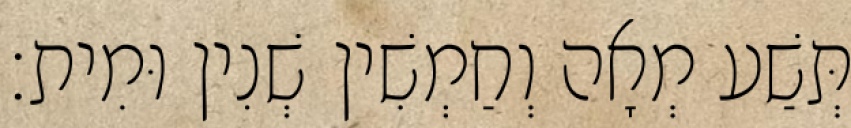
תְּשַׁע מְאָה וְחַמְשִׁין שְׁנִין וּמִית׃